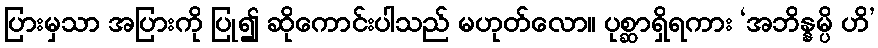
ပြားမှသာ အပြားကို ပြု၍ ဆိုကောင်းပါသည် မဟုတ်လော။ ပုစ္ဆာရှိရကား ‘အဘိန္နမ္ပိ ဟိ’